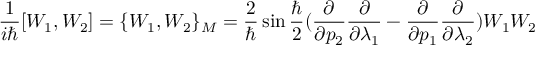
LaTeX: \frac { 1 } { i \hbar } [ W _ { 1 } , W _ { 2 } ] = \{ W _ { 1 } , W _ { 2 } \} _ { M } = \frac { 2 } { \hbar } \sin \frac { \hbar } { 2 } ( \frac { \partial } { \partial p _ { 2 } } \frac { \partial } { \partial \lambda _ { 1 } } - \frac { \partial } { \partial p _ { 1 } } \frac { \partial } { \partial \lambda _ { 2 } } ) W _ { 1 } W _ { 2 }